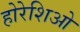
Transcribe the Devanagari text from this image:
होरेशिओ